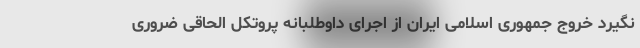
نگیرد خروج جمهوری اسلامی ایران از اجرای داوطلبانه پروتکل الحاقی ضروری